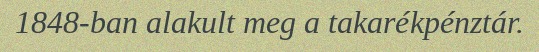
1848-ban alakult meg a takarékpénztár.